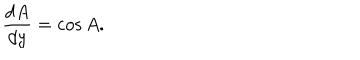
LaTeX: { \frac { d A } { d y } } = \cos A .